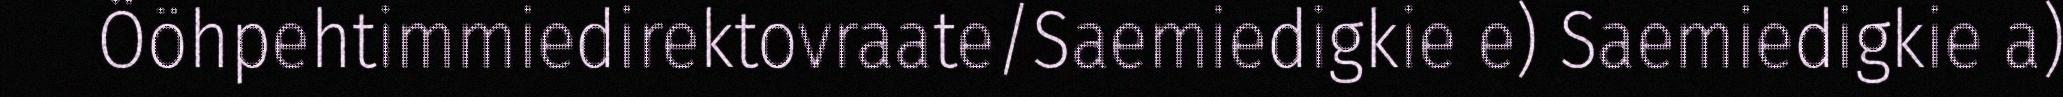
Ööhpehtimmiedirektovraate/Saemiedigkie e) Saemiedigkie a)